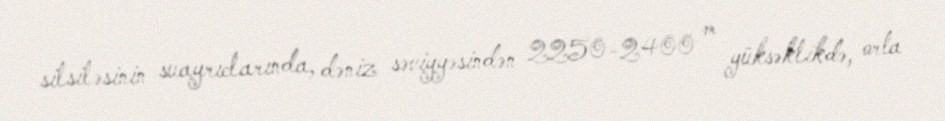
silsiləsinin suayrıclarında, dəniz səviyyəsindən 2250-2400 m yüksəklikdə, orta